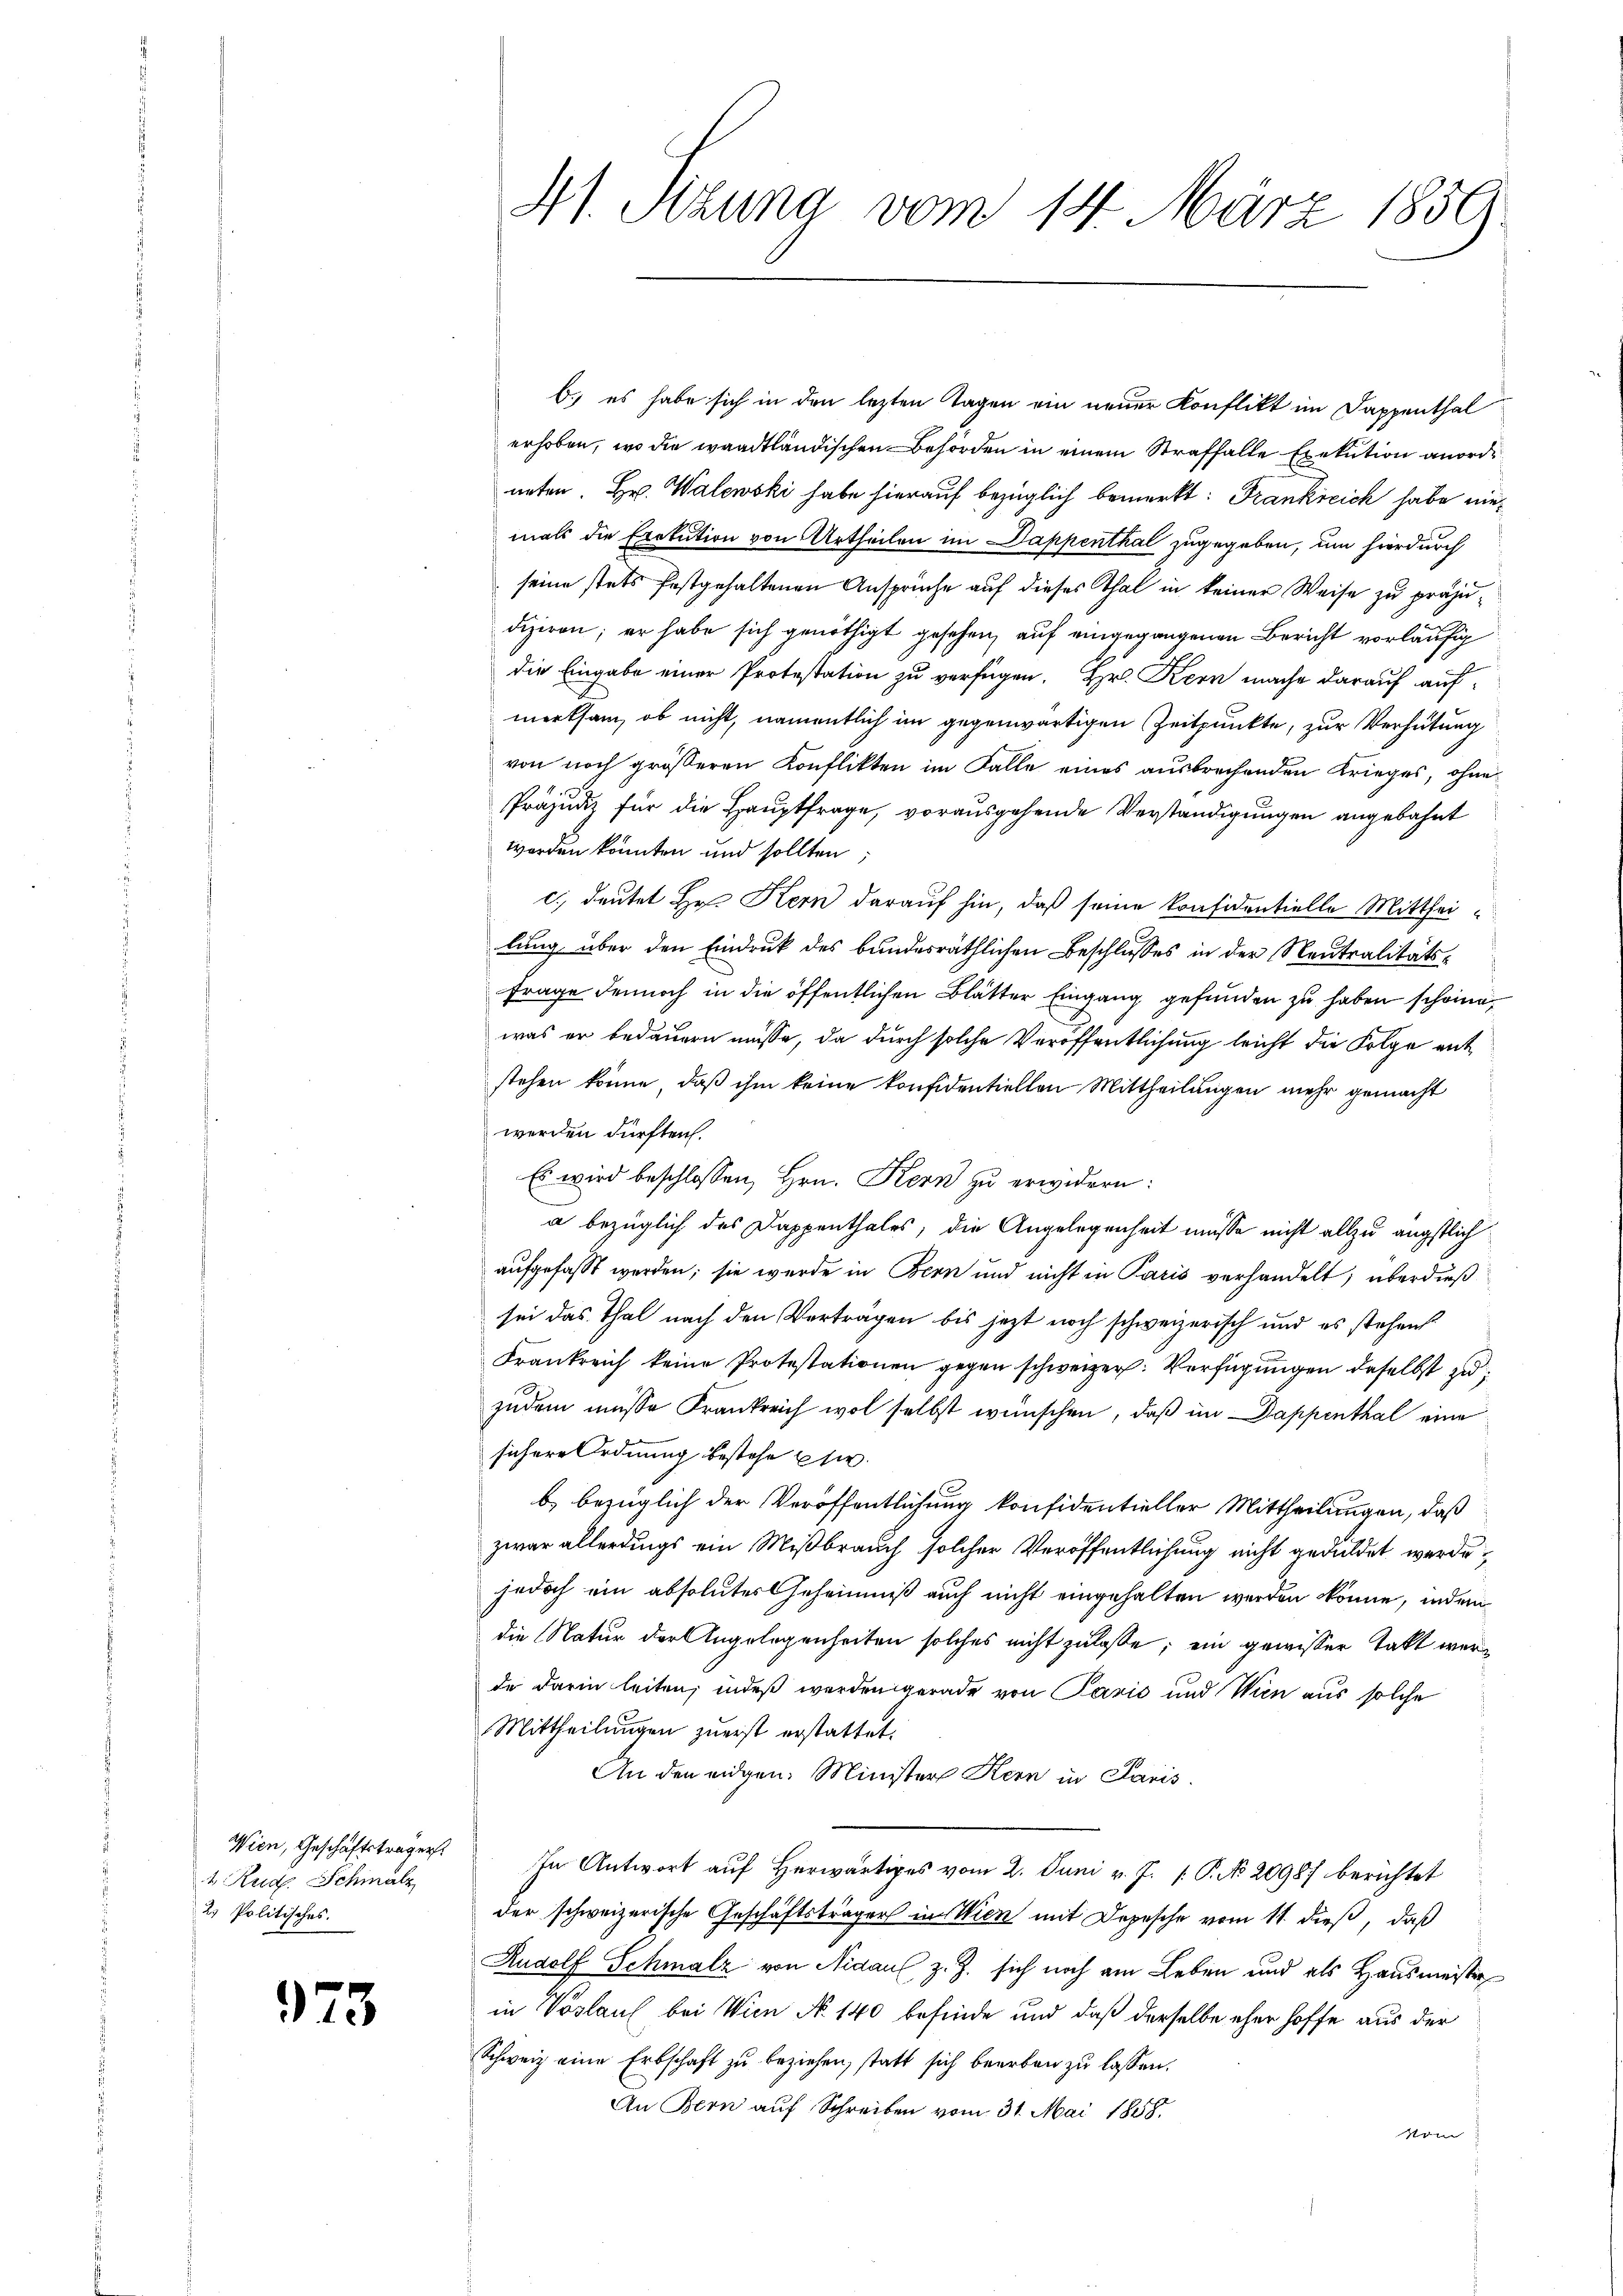
Wien, Geschäftsträgers
1 Rud. Schmalz
23 Politisches.

973

41. Sitzung vom 14. März 1859

b.) es habe sich in den lezten Tagen ein neuer Konflikt im Dappenthal
erhoben, wo die waadtländischen Behörden in einem Straffalle Exekution anorde
neten. Hr. Walewski habe hierauf bezüglich bemerkt: Frankreich habe niemals die Exekution von Urtheilen im Dappenthal zugegeben, um hierdurch
seine stets festgehaltenen Ansprüche auf dieses Thal in keiner Weise zu präju¬
Fiziren; er habe sich genöthigt gesehen, auf eingegangenen Bericht vorläufig
die Eingabe einer Protestation zu verfügen. Hr. Kern mache darauf auf
merksam, ob nicht, namentlich im gegenwärtigen Zeitpunkte, zur Verhütung
von noch größeren Konflikten im Falle eines ausbrechenden Krieges, ohne
Präjudiz für die Hauptfrage, vorausgehende Verständigungen angebahnt
worden könnten und sollten
c.) deutet Hr. Kern darauf hin, daß seine konsidentielle Mittheilung über den Eindruck des bundesräthlichen Beschlusses in der Neutralitäts¬
Frage dennoch in die öffentlichen Blätter Eingang gefunden zu haben schöne
was er bedauern müsse, da durch solche Veröffentlichung leicht die Folge entstehen könne, daß ihm keine konfidentiellen Mittheilungen mehr gemacht
werden dürften.
Es wird beschlossen, Hrn. Kern zu erwidern:
a bezüglich des Dappenthales, die Angelegenheit müsse nicht allzu ängstlich
aufgefasst werden; sie wurde in Bern und nicht in Paris verhandelt; überdieß
sei das Thal nach den Vertragen bis jezt noch schweizerisch und es stehens
Frankreich keine Protestationen gegen schweizer. Verfügungen daselbst zu
zudem müsse Frankreich wol selbst wünschen, daß im Dappenthal eine
sichere Ordnung bestehe hie
b) bezüglich der Veröffentlichung konfidentieller Mittheilungen, daß
zwar allerdings ein Mißbrauch solcher Veröffentlichung nicht geduldet werde.
jedoch ein absolutes Geheimniß auch nicht eingehalten werden könne, indem
die Natur der Angelegenheiten solches nicht zulasse; ein gewisser Takt werde darin leiten, indeß werden gerade von Parić und Wien aus solche
Mittheilungen zuerst erstattet.
An den eidgen. Minister Kern in Paris.
In Antwort auf Herwärtiges vom 2. Juni v. J. P. No 20987 berichtet
der schweizerische Geschäftsträger in Wien mit Depesche vom 11. dieß, daß
Rudolf Schmalz von Nidaul z. Z. sich noch am Leben und als Hausmeister
in Voslaul, bei Wien No 140 befinde und daß derselbe eher hoffe aus der
Schweiz eine Erbschaft zu beziehen, statt sich beerben zu lassen.
An Bern auf Schreiben vom 31. Mai 1858.
Vom